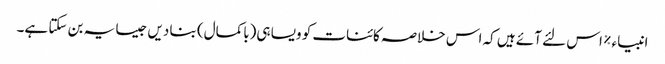
انبیاء ٪ اس لئے آئے ہیں کہ اس خلاصہ کائنات کو ویسا ہی(باکمال) بنا دیں جیسا یہ بن سکتا ہے۔